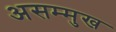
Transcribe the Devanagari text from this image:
असम्मुख